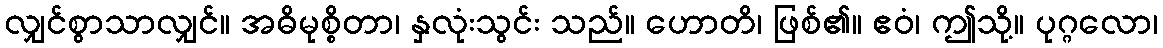
လျှင်စွာသာလျှင်။ အဓိမုစ္စိတာ၊ နှလုံးသွင်း သည်။ ဟောတိ၊ ဖြစ်၏။ ဧဝံ၊ ဤသို့။ ပုဂ္ဂလော၊